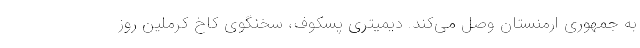
به جمهوری ارمنستان وصل می‌کند. دیمیتری پسکوف، سخنگوی کاخ کرملین روز